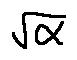
\sqrt { \alpha }